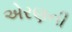
એરણની